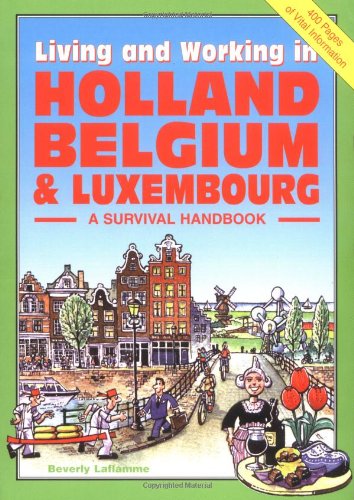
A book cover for Living & Working in Holland, Belgium & Luxembourg: A Survival Handbook (Living and Working); Beverley Laflamme; Travel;